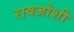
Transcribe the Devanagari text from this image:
रावजोशी